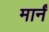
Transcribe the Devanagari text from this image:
मार्नं